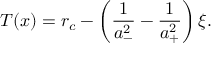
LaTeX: T ( x ) = r _ { c } - \left( \frac { 1 } { a _ { - } ^ { 2 } } - \frac { 1 } { a _ { + } ^ { 2 } } \right) \xi .